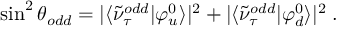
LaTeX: \sin ^ { 2 } { \theta _ { o d d } } = | \langle \tilde { \nu } _ { \tau } ^ { o d d } | \varphi _ { u } ^ { 0 } \rangle | ^ { 2 } + | \langle \tilde { \nu } _ { \tau } ^ { o d d } | \varphi _ { d } ^ { 0 } \rangle | ^ { 2 } \; .